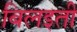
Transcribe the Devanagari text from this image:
बिलइती